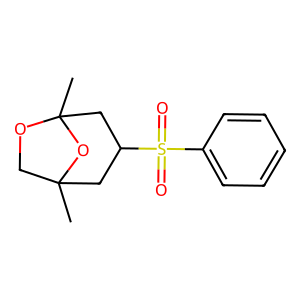
SMILES: CC12COC(C)(CC(S(=O)(=O)c3ccccc3)C1)O2
Inhibits HIV replication: No